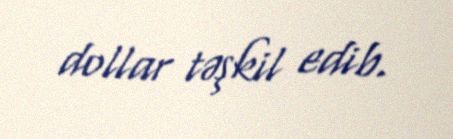
dollar təşkil edib.